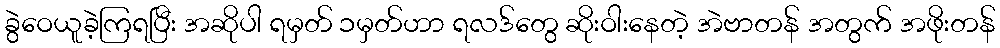
ခွဲဝေယူခဲ့ကြရပြီး အဆိုပါ ရမှတ် ၁မှတ်ဟာ ရလဒ်တွေ ဆိုးဝါးနေတဲ့ အဲဗာတန် အတွက် အဖိုးတန်